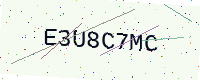
Text: E3U8C7MC